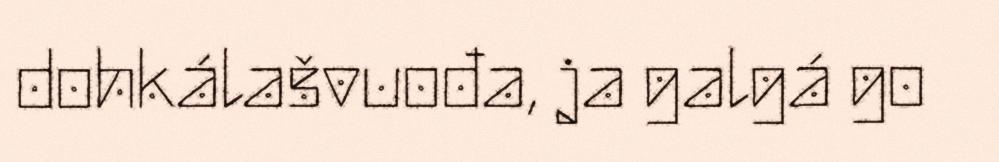
dohkálašvuođa, ja galgá go